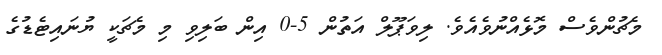
މެޗުންވެސް މޮޅެއްނުވެއެވެ. ލިވަޕޫލް އަތުން 5-0 އިން ބަލިވި މި މެޗަކީ ޔުނައިޓެޑުގެ